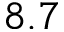
8 . 7